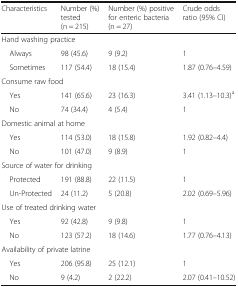
| Characteristics | Number (%) tested (n = 215) | Number (%) positive for enteric bacteria (n = 27) | Crude odds ratio (95% CI) |
 | --- | --- | --- | --- |
 | <COLSPAN=4> Hand washing practice |
 | Always | 98 (45.6) | 9 (9.2) | 1 |
 | Sometimes | 117 (54.4) | 18 (15.4) | 1.87 (0.76–4.59) |
 | <COLSPAN=4> Consume raw food |
 | Yes | 141 (65.6) | 23 (16.3) | 3.41 (1.13–10.3)a |
 | No | 74 (34.4) | 4 (5.4) | 1 |
 | <COLSPAN=4> Domestic animal at home |
 | Yes | 114 (53.0) | 18 (15.8) | 1.92 (0.82–4.4) |
 | No | 101 (47.0) | 9 (8.9) | 1 |
 | <COLSPAN=4> Source of water for drinking |
 | Protected | 191 (88.8) | 22 (11.5) | 1 |
 | Un-Protected | 24 (11.2) | 5 (20.8) | 2.02 (0.69–5.96) |
 | <COLSPAN=4> Use of treated drinking water |
 | Yes | 92 (42.8) | 9 (9.8) | 1 |
 | No | 123 (57.2) | 18 (14.6) | 1.77 (0.76–4.13) |
 | <COLSPAN=4> Availability of private latrine |
 | Yes | 206 (95.8) | 25 (12.1) | 1 |
 | No | 9 (4.2) | 2 (22.2) | 2.07 (0.41–10.52) |